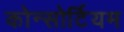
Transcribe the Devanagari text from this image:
कोन्सोर्टियम